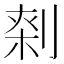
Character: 𠝱